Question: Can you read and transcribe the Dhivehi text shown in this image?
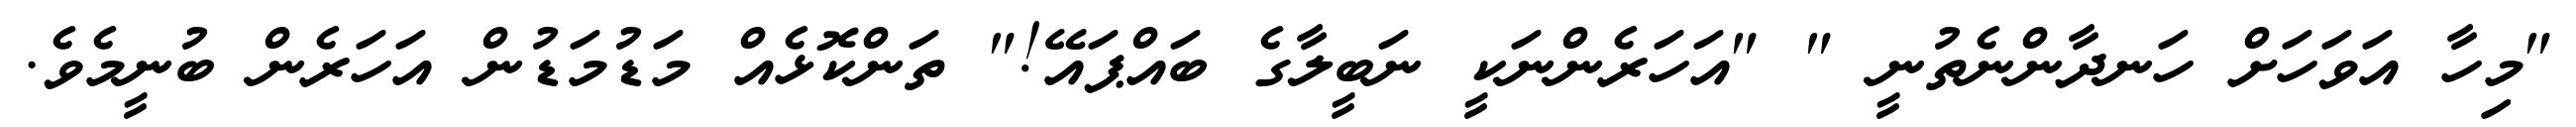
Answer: "މިހާ އަވަހަށް ހަނދާންނެތުނީ " "އަހަރެންނަކީ ނަބީލާގެ ބައްޕައޭ!" ތަންކޮޅެއް މަޑުމަޑުން އަހަރެން ބުނީމެވެ.